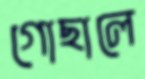
গোছালে